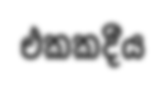
එකකදීය